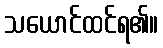
သယောင်ထင်ရ၏။